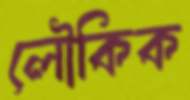
লৌকিক